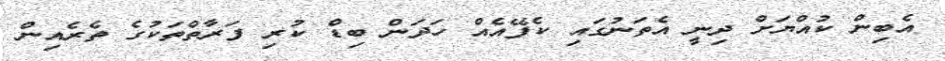
އެބިން ކުއްޔަށް ދިނީ އެތަނުގައި ކެފޭއެއް ހަދަން ބިޑް ކުރި ފަރާތްތަކުގެ ތެރެއިން